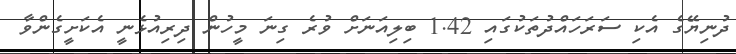
ދުނިޔޭގެ އެކި ސަރަހައްދުތަކުގައި 1.42 ބިލިއަނަށް ވުރެ ގިނަ މީހުން ދިރިއުޅެނީ އެކަށީގެންވާ